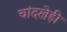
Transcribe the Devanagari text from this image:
चांदखेड़ी